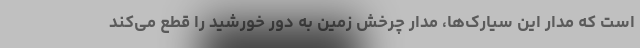
است که مدار این سیارک‌ها، مدار چرخش زمین به دور خورشید را قطع می‌کند